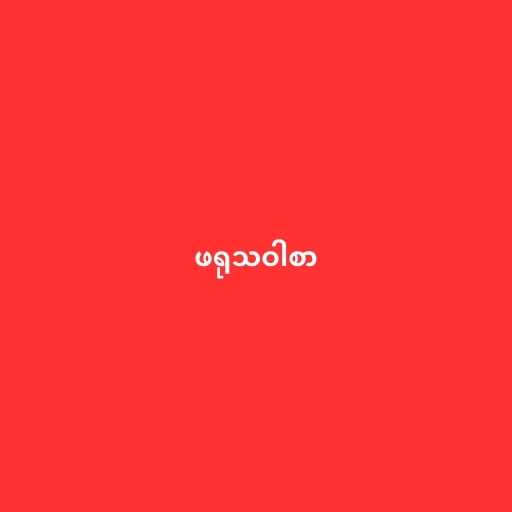
ဖရုသဝါစာ